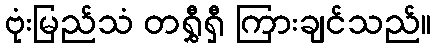
ဗုံးမြည်သံ တရွှီရှီ ကြားချင်သည်။